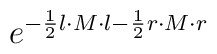
e^{-\frac{1}{2} l \cdot M \cdot l-\frac{1}{2}r \cdot M \cdot r}